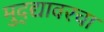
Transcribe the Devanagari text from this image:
मुद्द्यावरचा